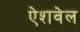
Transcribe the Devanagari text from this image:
ऐशवेल